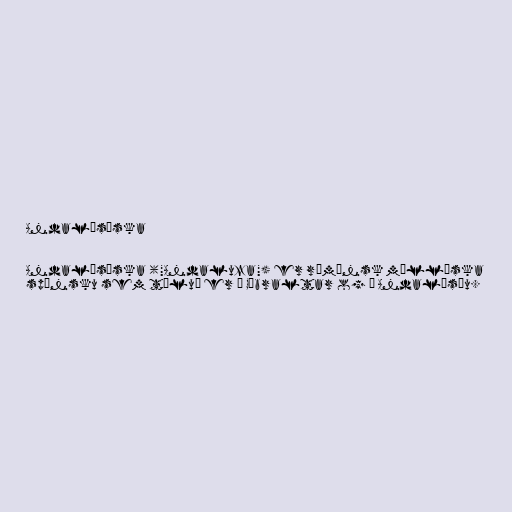
Andalúsíska

Andalúsíska ("Andaluza") er rómönsk mállýska
spænsku sem töluð er á Gíbraltar og í Andalúsíu.